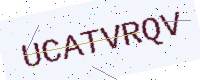
Text: UCATVRQV